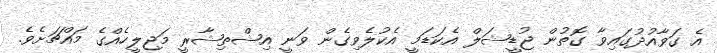
އެ ގަވާއުދުގައިވާ ގޮތުން ޖުޑީޝަލް އެކަޑަމީ އެކުލެވިގެން ވަނީ އިޝްތިޝާރީ މަޖިލީހެއްގެ މައްޗަށެވެ.